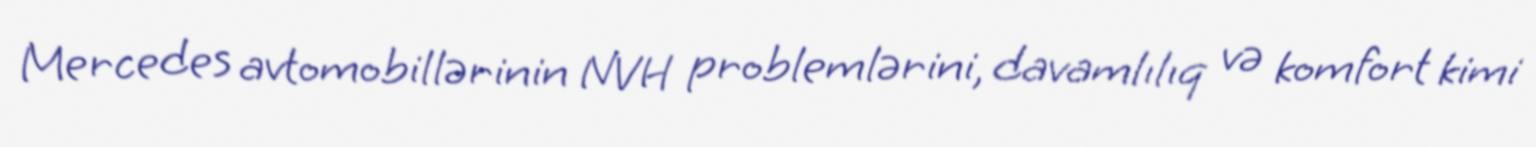
Mercedes avtomobillərinin NVH problemlərini, davamlılıq və komfort kimi